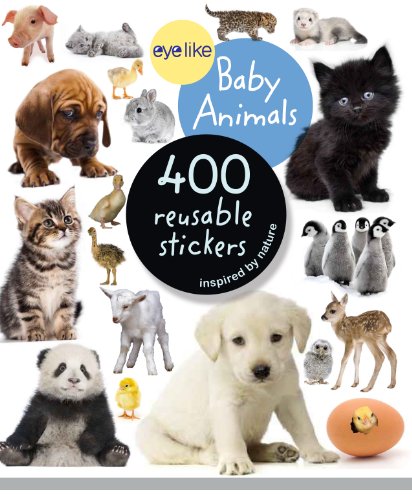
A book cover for Eyelike Stickers: Baby Animals; Workman Publishing; Children's Books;